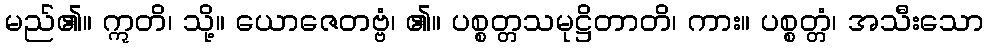
မည်၏။ ဣတိ၊ သို့။ ယောဇေတဗ္ဗံ၊ ၏။ ပစ္စတ္တသမုဋ္ဌိတာတိ၊ ကား။ ပစ္စတ္တံ၊ အသီးသော